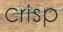
crisp